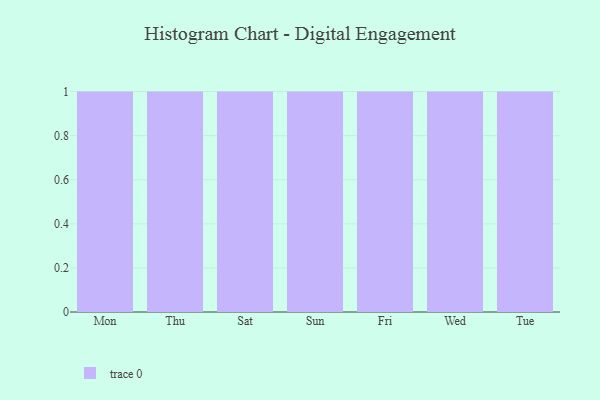
{"axis": {"x": "Day", "y": "Market Share (%)"}, "legend": [""], "data": [{"x": "Mon", "y": 16, "type": ""}, {"x": "Thu", "y": 36, "type": ""}, {"x": "Sat", "y": 31, "type": ""}, {"x": "Sun", "y": 32, "type": ""}, {"x": "Fri", "y": 66, "type": ""}, {"x": "Wed", "y": 26, "type": ""}, {"x": "Tue", "y": 54, "type": ""}]}